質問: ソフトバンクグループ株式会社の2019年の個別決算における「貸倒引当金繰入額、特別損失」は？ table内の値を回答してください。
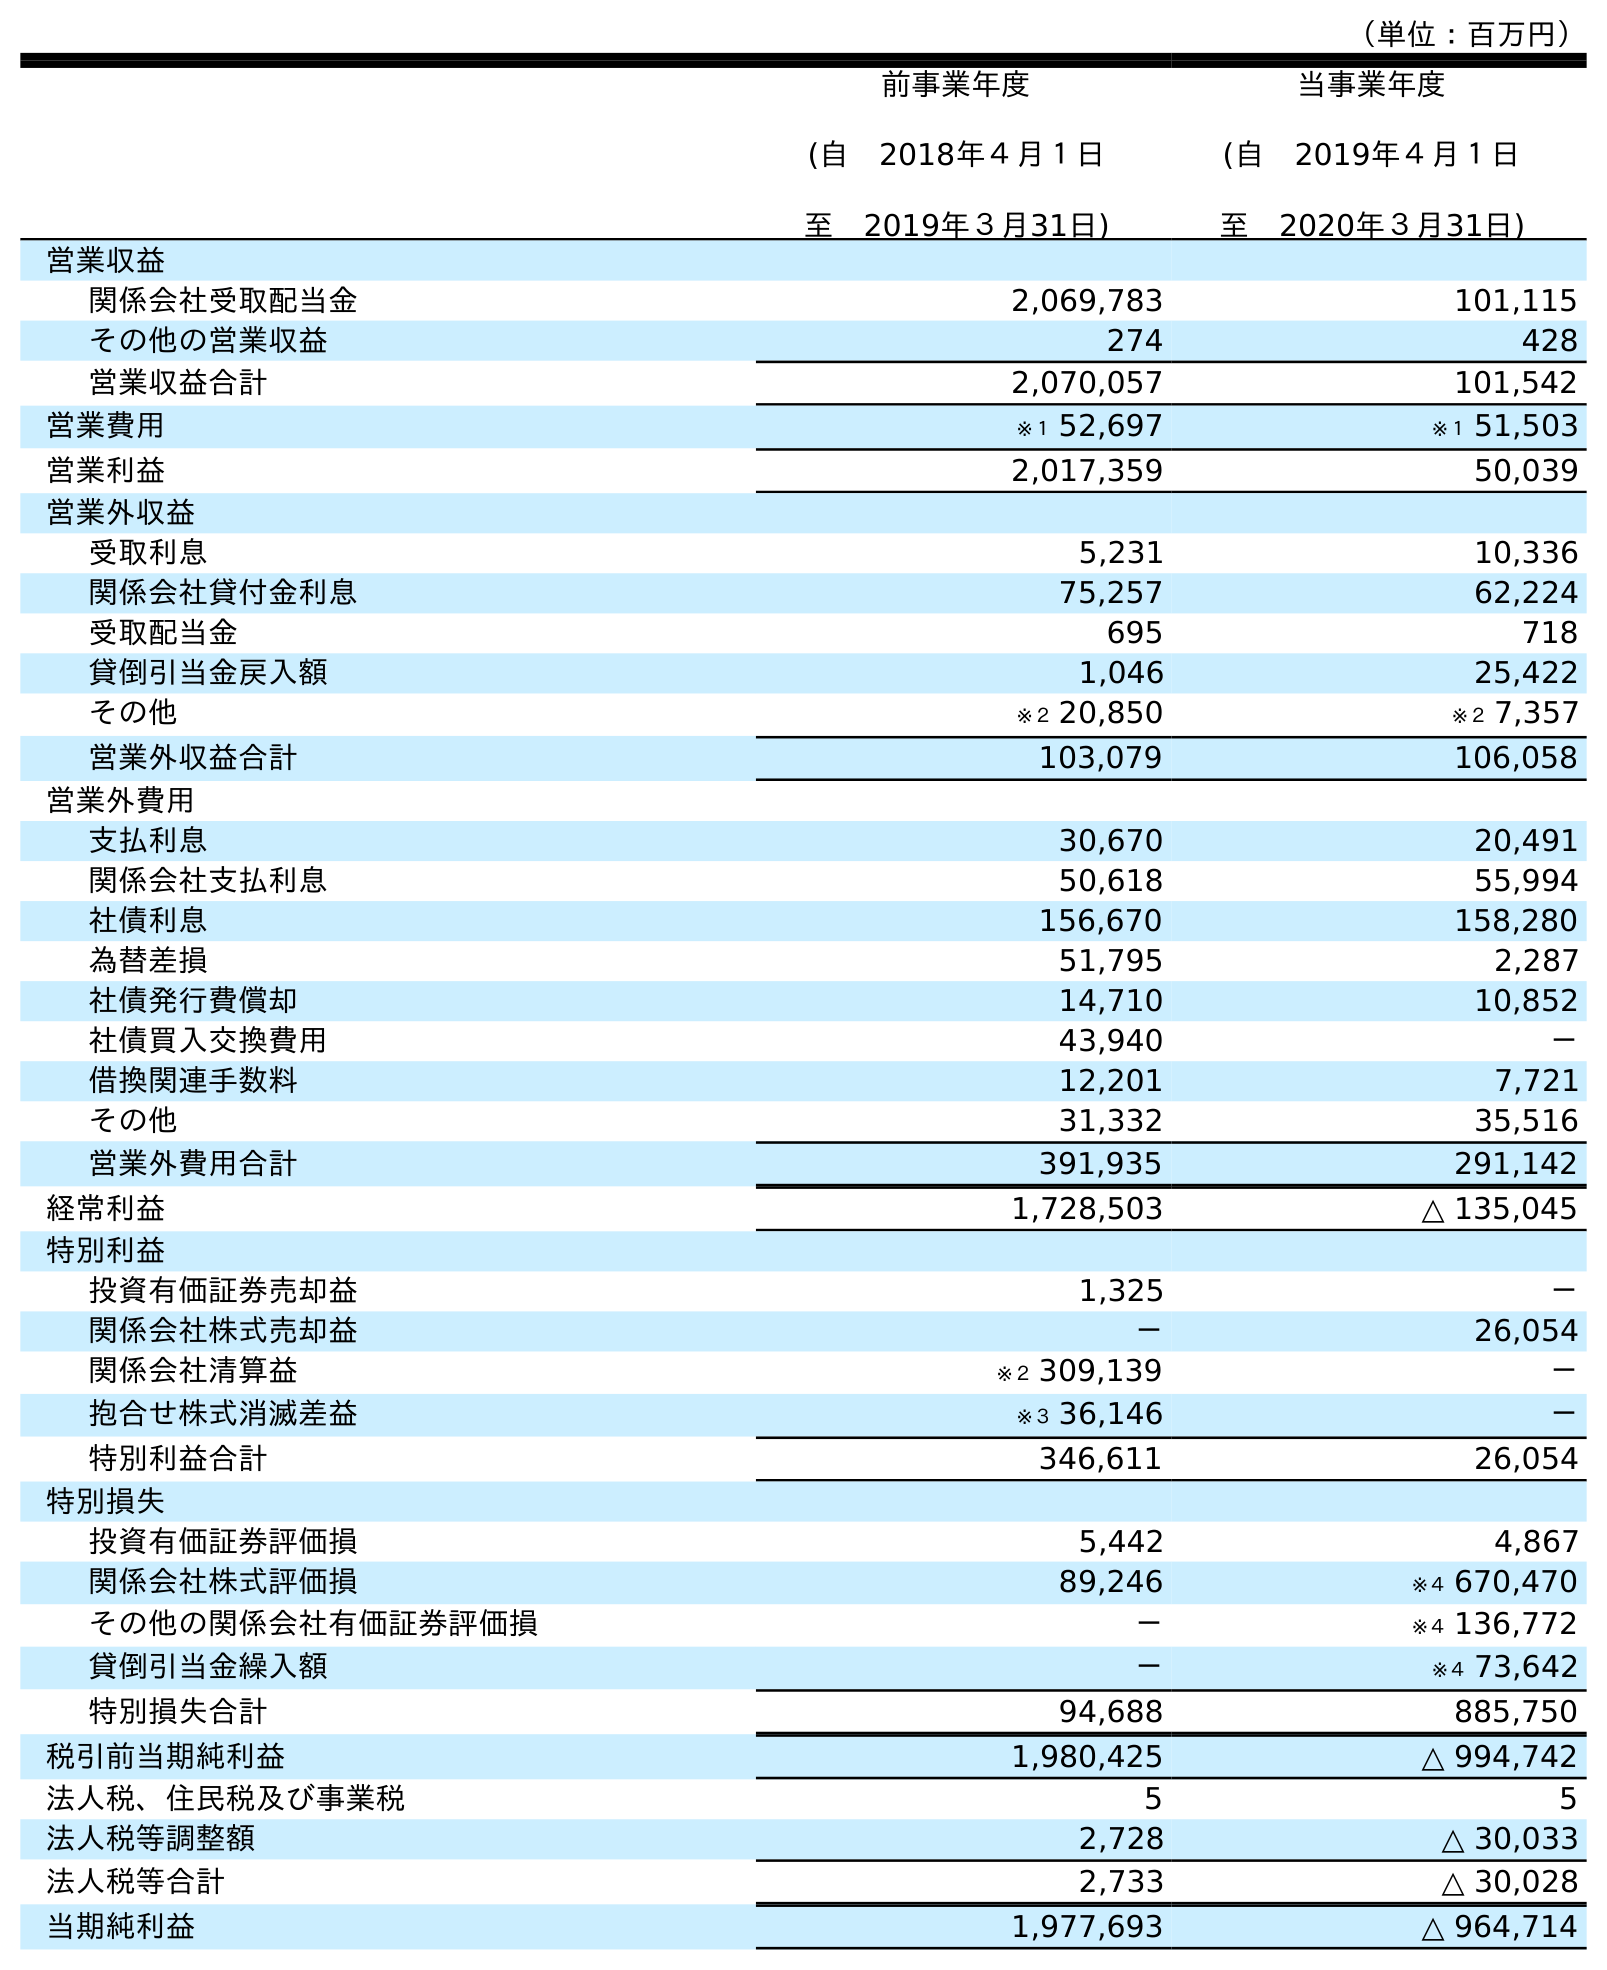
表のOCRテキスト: （単位：百万円） 前事業年度 (自 2018年４月１日 至 2019年３月31日) 当事業年度 (自 2019年４月１日 至 2020年３月31日) 営業収益 関係会社受取配当金 2,069,783 101,115 その他の営業収益 274 428 営業収益合計 2,070,057 101,542 営業費用 ※１ 52,697 ※１ 51,503 営業利益 2,017,359 50,039 営業外収益 受取利息 5,231 10,336 関係会社貸付金利息 75,257 62,224 受取配当金 695 718 貸倒引当金戻入額 1,046 25,422 その他 ※２ 20,850 ※２ 7,357 営業外収益合計 103,079 106,058 営業外費用 支払利息 30,670 20,491 関係会社支払利息 50,618 55,994 社債利息 156,670 158,280 為替差損 51,795 2,287 社債発行費償却 14,710 10,852 社債買入交換費用 43,940 － 借換関連手数料 12,201 7,721 その他 31,332 35,516 営業外費用合計 391,935 291,142 経常利益 1,728,503 △ 135,045 特別利益 投資有価証券売却益 1,325 － 関係会社株式売却益 － 26,054 関係会社清算益 ※２ 309,139 － 抱合せ株式消滅差益 ※３ 36,146 － 特別利益合計 346,611 26,054 特別損失 投資有価証券評価損 5,442 4,867 関係会社株式評価損 89,246 ※４ 670,470 その他の関係会社有価証券評価損 － ※４ 136,772 貸倒引当金繰入額 － ※４ 73,642 特別損失合計 94,688 885,750 税引前当期純利益 1,980,425 △ 994,742 法人税、住民税及び事業税 5 5 法人税等調整額 2,728 △ 30,033 法人税等合計 2,733 △ 30,028 当期純利益 1,977,693 △ 964,714
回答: －